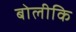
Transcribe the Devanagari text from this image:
बोलीकि